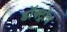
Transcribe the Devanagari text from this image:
डॉक्ट्रोव